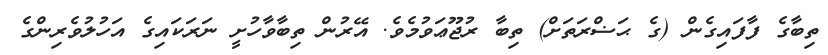
ތިބާގެ ފާފައިގެން (ގެ ޙަޟްރަތަށް) ތިބާ ރުޖޫޢަވުމެވެ. އޭރުން ތިބާވާހުށީ ނަރަކައިގެ އަހުލުވެރިންގެ